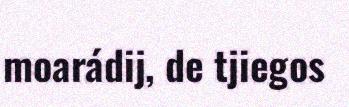
moarádij, de tjiegos